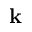
\mathbf { k }